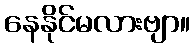
နေနိုင်မလားဗျာ။